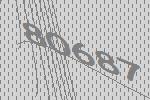
80687